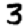
Digit: 3